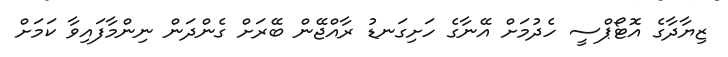
ޒިޔާދާގެ އޮޓޯޕްސީ ހެދުމަށް އޭނާގެ ހަށިގަނޑު ރާއްޖޭން ބޭރަށް ގެންދަން ނިންމާފައިވާ ކަމަށް